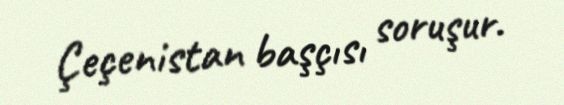
Çeçenistan başçısı soruşur.